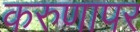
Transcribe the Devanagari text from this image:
करुणापर